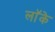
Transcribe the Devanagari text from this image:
लाॅके